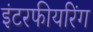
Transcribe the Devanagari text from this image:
इंटरफीयरिंग